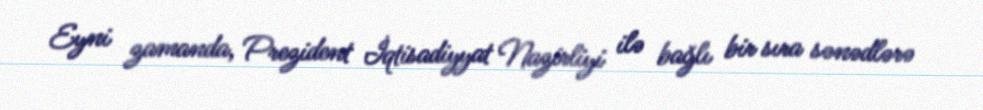
Eyni zamanda, Prezident İqtisadiyyat Nazirliyi ilə bağlı bir sıra sənədlərə